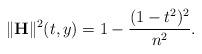
LaTeX: \begin{align*}\|\mathbf{H}\|^2 (t,y) =1-\frac{(1-t^2)^2}{n^2}. \end{align*}